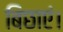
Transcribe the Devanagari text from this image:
बिछाएं।